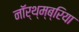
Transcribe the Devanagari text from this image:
नॉर्थ्म्ब्रिया